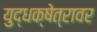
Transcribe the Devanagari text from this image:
युद्धक्षेत्रावर